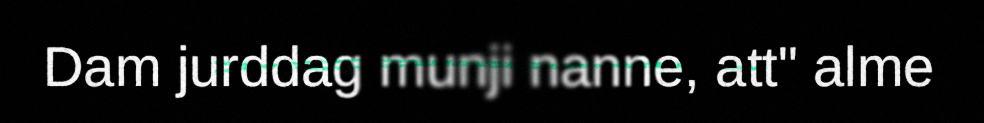
Dam jurddag munji nanne, att" alme